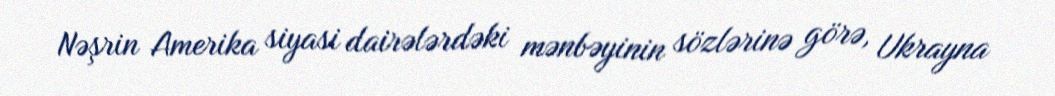
Nəşrin Amerika siyasi dairələrdəki mənbəyinin sözlərinə görə, Ukrayna